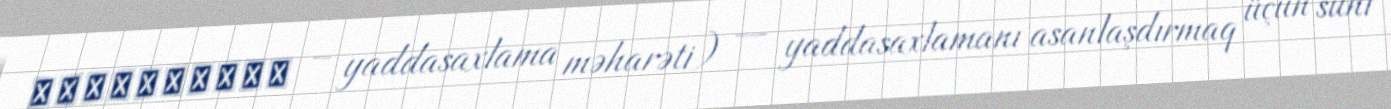
μνημονικόν – yaddasaxlama məharəti) — yaddasaxlamanı asanlaşdırmaq üçün süni